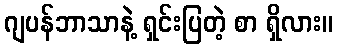
ဂျပန်ဘာသာနဲ့ ရှင်းပြတဲ့ စာ ရှိလား။